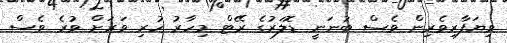
ވިޔަފާރިވެރިން ވެސް ބުނަނީ ޑޮލަރުގެ ރޭޓް މިހާރު ހުރި ވަރަށް ވުރެ ވެސް